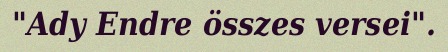
"Ady Endre összes versei".